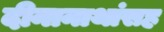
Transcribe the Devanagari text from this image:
दीनानाथांसह